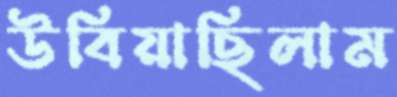
উবিয়াছিলাম